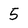
Character: 5